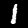
Digit: 1